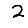
Digit: 2